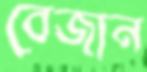
বেজান